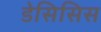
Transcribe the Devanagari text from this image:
डेसिसिस